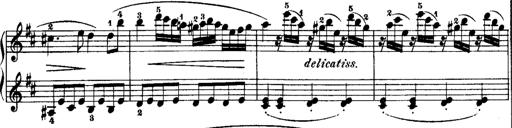
Title: Rondos and Sonatinas for Pianoforte
Composer: Daniel Steibelt